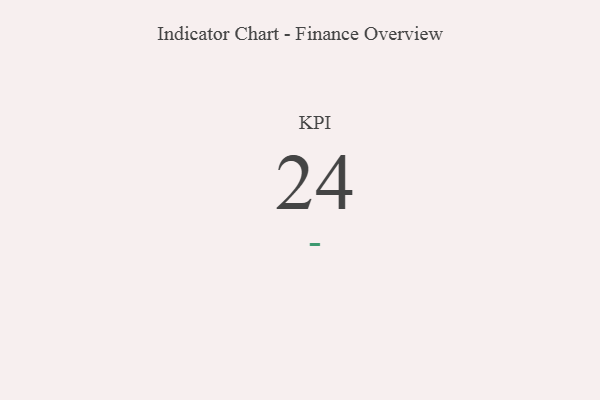
{"axis": {"x": "KPI", "y": "Value"}, "legend": [""], "data": [{"x": "KPI", "y": 24, "type": ""}]}